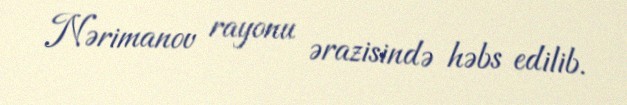
Nərimanov rayonu ərazisində həbs edilib.